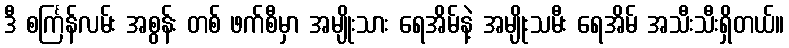
ဒီ စင်္ကြန်လမ်း အစွန်း တစ် ဖက်စီမှာ အမျိုးသား ရေအိမ်နဲ့ အမျိုးသမီး ရေအိမ် အသီးသီးရှိတယ်။